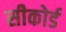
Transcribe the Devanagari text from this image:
सीकोर्ड